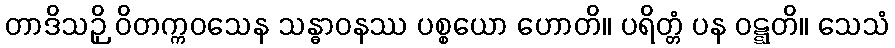
တာဒိသဉှိ ဝိတက္ကဝသေန သန္ဓာဝနဿ ပစ္စယော ဟောတိ။ ပရိတ္တံ ပန ဝဋ္ဋတိ။ သေသံ